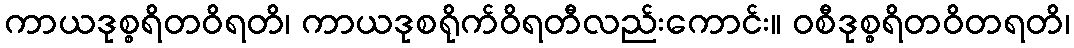
ကာယဒုစ္စရိတဝိရတိ၊ ကာယဒုစရိုက်ဝိရတီလည်းကောင်း။ ဝစီဒုစ္စရိတဝိတရတိ၊